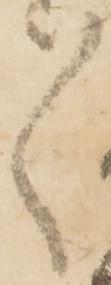
ゝ